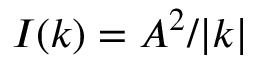
I ( k ) = A ^ { 2 } / | k |